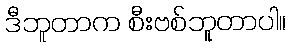
ဒီဘူတာက စီးဗစ်ဘူတာပါ။